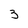
Character: 3